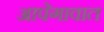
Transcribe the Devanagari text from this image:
आपेगावात